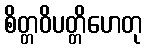
စိတ္တဝိပတ္တိဟေတု